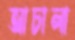
আচালা